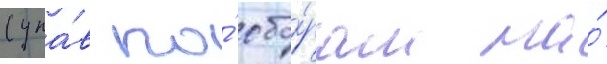
(упа́в по́ сбо́рам на́